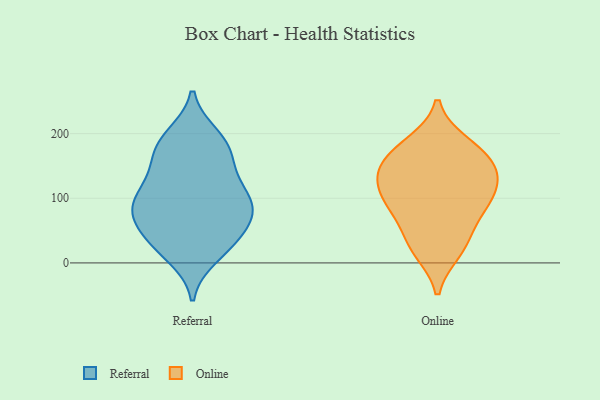
{"axis": {"x": "Churn Rate (%)", "y": "Value"}, "legend": ["Online", "Referral"], "data": [{"x": "", "y": 10, "type": "Referral"}, {"x": "", "y": 68, "type": "Referral"}, {"x": "", "y": 192, "type": "Referral"}, {"x": "", "y": 102, "type": "Referral"}, {"x": "", "y": 138, "type": "Referral"}, {"x": "", "y": 100, "type": "Referral"}, {"x": "", "y": 31, "type": "Referral"}, {"x": "", "y": 75, "type": "Referral"}, {"x": "", "y": 85, "type": "Referral"}, {"x": "", "y": 20, "type": "Referral"}, {"x": "", "y": 108, "type": "Referral"}, {"x": "", "y": 38, "type": "Referral"}, {"x": "", "y": 78, "type": "Referral"}, {"x": "", "y": 184, "type": "Referral"}, {"x": "", "y": 133, "type": "Referral"}, {"x": "", "y": 197, "type": "Referral"}, {"x": "", "y": 167, "type": "Referral"}, {"x": "", "y": 47, "type": "Referral"}, {"x": "", "y": 84, "type": "Referral"}, {"x": "", "y": 166, "type": "Referral"}, {"x": "", "y": 43, "type": "Online"}, {"x": "", "y": 185, "type": "Online"}, {"x": "", "y": 134, "type": "Online"}, {"x": "", "y": 180, "type": "Online"}, {"x": "", "y": 101, "type": "Online"}, {"x": "", "y": 151, "type": "Online"}, {"x": "", "y": 96, "type": "Online"}, {"x": "", "y": 111, "type": "Online"}, {"x": "", "y": 71, "type": "Online"}, {"x": "", "y": 89, "type": "Online"}, {"x": "", "y": 142, "type": "Online"}, {"x": "", "y": 167, "type": "Online"}, {"x": "", "y": 22, "type": "Online"}, {"x": "", "y": 138, "type": "Online"}, {"x": "", "y": 18, "type": "Online"}]}